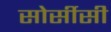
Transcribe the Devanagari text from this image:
सोर्सीसी